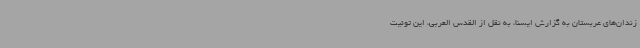
زندان‌های عربستان به گزارش ایسنا، به نقل از القدس العربی، این توئیت